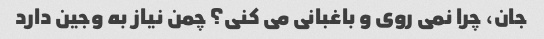
جان، چرا نمی روی و باغبانی می کنی؟ چمن نیاز به وجین دارد